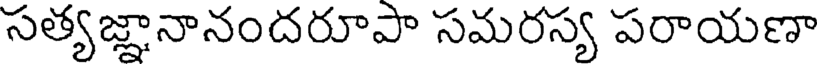
సత్యజ్ఞానానందరూపా సమరస్య పరాయణా